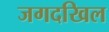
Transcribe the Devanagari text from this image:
जगदखिल